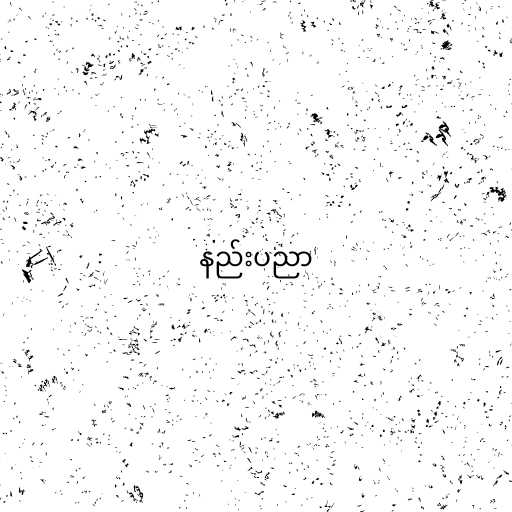
နည်းပညာ